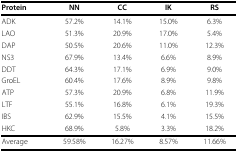
<table><thead><tr><td><b>Protein</b></td><td><b>NN</b></td><td><b>CC</b></td><td><b>IK</b></td><td><b>RS</b></td></tr></thead><tbody><tr><td>ADK</td><td>57.2%</td><td>14.1%</td><td>15.0%</td><td>6.3%</td></tr><tr><td>LAO</td><td>51.3%</td><td>20.9%</td><td>17.0%</td><td>5.4%</td></tr><tr><td>DAP</td><td>50.5%</td><td>20.6%</td><td>11.0%</td><td>12.3%</td></tr><tr><td>NS3</td><td>67.9%</td><td>13.4%</td><td>6.6%</td><td>8.9%</td></tr><tr><td>DDT</td><td>64.3%</td><td>17.1%</td><td>6.9%</td><td>9.0%</td></tr><tr><td>GroEL</td><td>60.4%</td><td>17.6%</td><td>8.9%</td><td>9.8%</td></tr><tr><td>ATP</td><td>57.3%</td><td>20.9%</td><td>6.8%</td><td>11.9%</td></tr><tr><td>LTF</td><td>55.1%</td><td>16.8%</td><td>6.1%</td><td>19.3%</td></tr><tr><td>IBS</td><td>62.9%</td><td>15.5%</td><td>4.1%</td><td>15.5%</td></tr><tr><td>HKC</td><td>68.9%</td><td>5.8%</td><td>3.3%</td><td>18.2%</td></tr><tr><td>Average</td><td>59.58%</td><td>16.27%</td><td>8.57%</td><td>11.66%</td></tr></tbody></table>